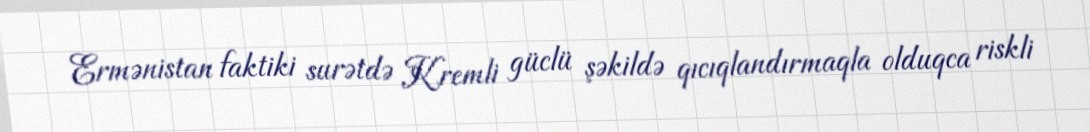
Ermənistan faktiki surətdə Kremli güclü şəkildə qıcıqlandırmaqla olduqca riskli